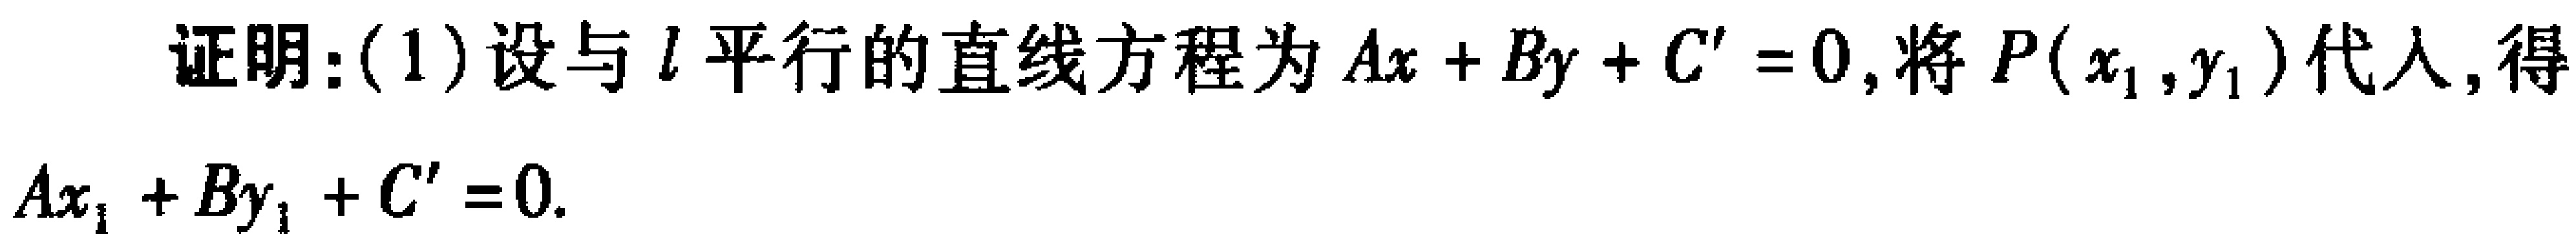
证明：(1)设与\(l\)平行的直线方程为\(Ax + By + C' = 0\)，将\(P(x_1, y_1)\)代入，得
\(Ax_1 + By_1 + C' = 0\).